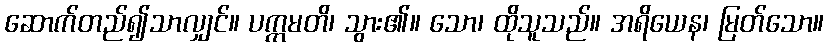
ဆောက်တည်၍သာလျှင်။ ပက္ကမတိ၊ သွား၏။ သော၊ ထိုသူသည်။ အရိယေန၊ မြတ်သော။